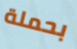
بحملة